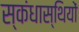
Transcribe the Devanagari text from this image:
स्कंधास्थियों